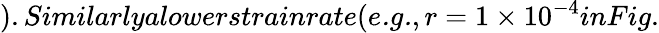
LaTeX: ).Similarlyalowerstrainrate(\textit{e.g.},r=1\times 10^{-4}inFig.